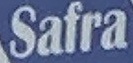
Safra